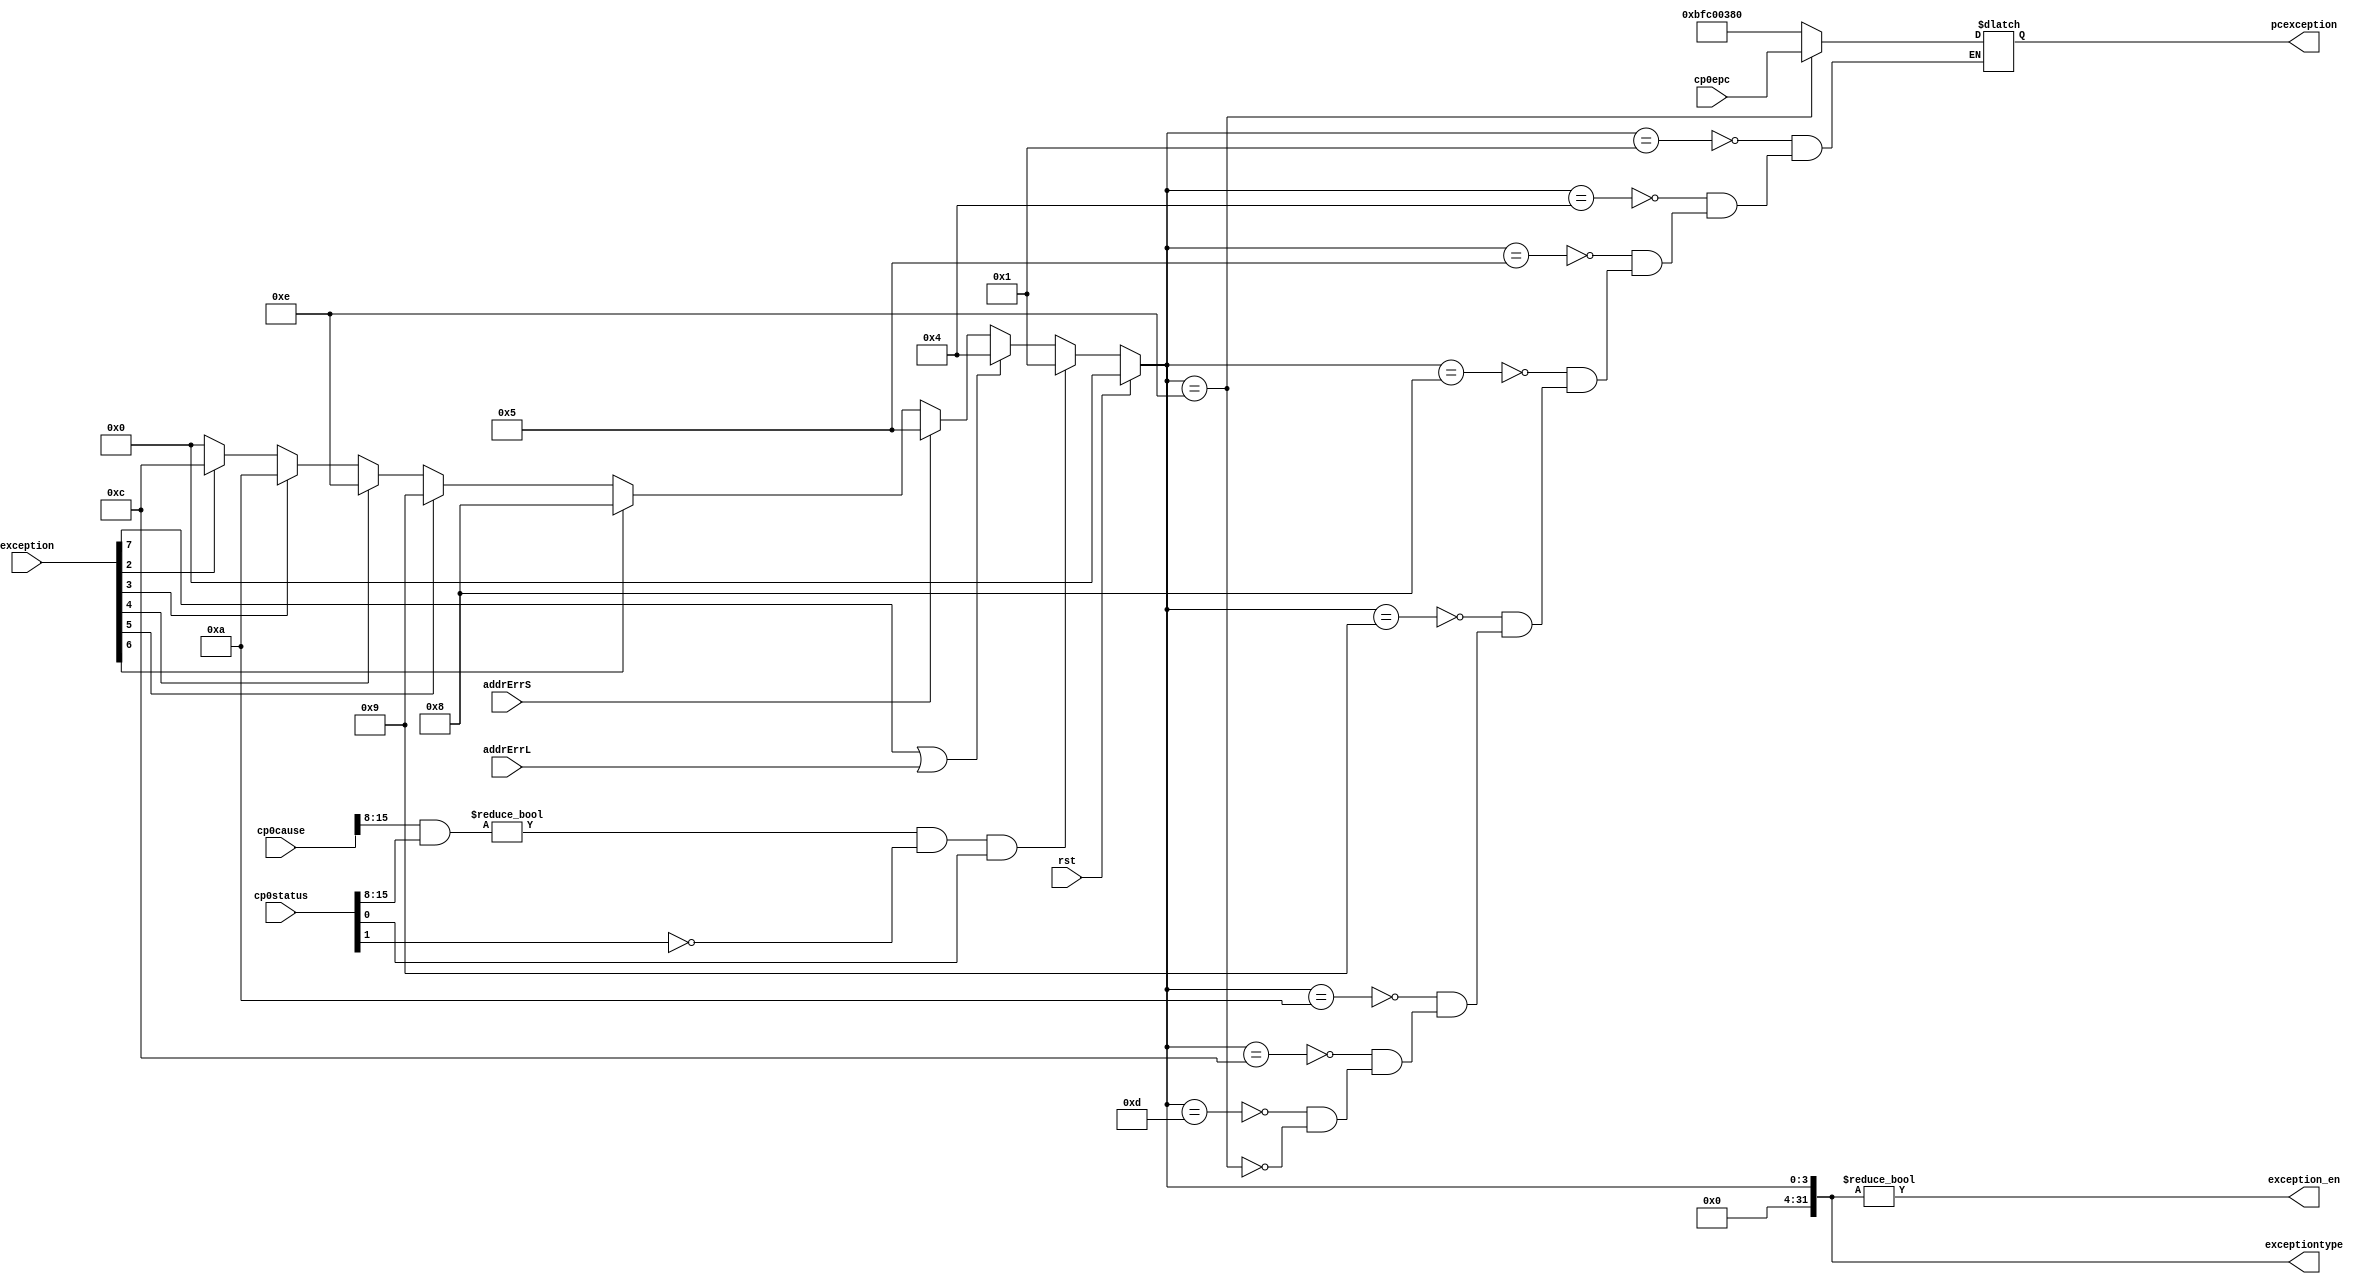
`timescale 1ns / 1ps
//////////////////////////////////////////////////////////////////////////////////
// Company: 
// Engineer: 
// 
// Design Name: 
// Module Name: exception
// Project Name: 
// Target Devices: 
// Tool Versions: 
// Description: 
// 
// Dependencies: 
// 
// Revision:
// Revision 0.01 - File Created
// Additional Comments:
// 
//////////////////////////////////////////////////////////////////////////////////


module exception(
	input  wire rst,
	input  wire [7:0] exception,
	input  wire addrErrL,
	input  wire addrErrS,
	input  wire [31:0] cp0status,
	input  wire [31:0] cp0cause,
	input  wire [31:0] cp0epc,
	output wire exception_en,
	output reg  [31:0] exceptiontype,
	output reg  [31:0] pcexception
    );
	
	// exception type judge
	always @ (*)
	begin
		if (rst)
			exceptiontype <= 32'b0;
		else 
		begin
			if (((cp0cause[15:8] & cp0status[15:8]) != 8'h00) && !cp0status[1] && cp0status[0])
				exceptiontype <= 32'h0000_0001;
			else if (exception[7] || addrErrL) // load
				exceptiontype <= 32'h0000_0004;
			else if (addrErrS)				// store
				exceptiontype <= 32'h0000_0005;
			else if (exception[6])				// system call
				exceptiontype <= 32'h0000_0008;
			else if (exception[5])				// break
				exceptiontype <= 32'h0000_0009;
			else if (exception[4])				// eret
				exceptiontype <= 32'h0000_000e;
			else if (exception[3])				// 
				exceptiontype <= 32'h0000_000a;
			else if (exception[2])				// 
				exceptiontype <= 32'h0000_000c;
			else								// 
				exceptiontype <= 32'h0000_0000;
		end
	end

	// pc when occur exception
	always @(*) 
	begin
		case (exceptiontype)
			32'h0000_0001: pcexception <= 32'hbfc0_0380;
			32'h0000_0004: pcexception <= 32'hbfc0_0380;
			32'h0000_0005: pcexception <= 32'hbfc0_0380;
			32'h0000_0008: pcexception <= 32'hbfc0_0380;
			32'h0000_0009: pcexception <= 32'hbfc0_0380;
			32'h0000_000a: pcexception <= 32'hbfc0_0380;
			32'h0000_000c: pcexception <= 32'hbfc0_0380;
			32'h0000_000d: pcexception <= 32'hbfc0_0380;
			32'h0000_000e: pcexception <= cp0epc;
			default: ;
		endcase
	end

	assign exception_en = (exceptiontype != 0); // 

endmodule